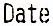
DATE